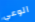
الوعي